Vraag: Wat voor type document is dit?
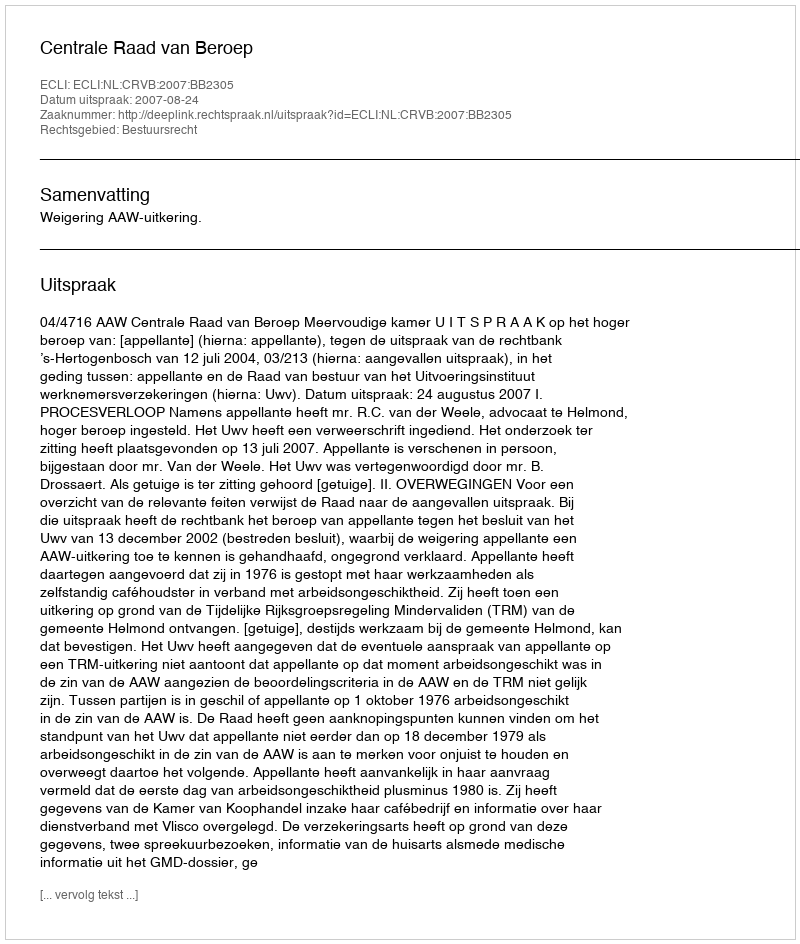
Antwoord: Uitspraak